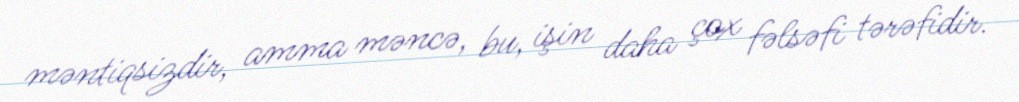
məntiqsizdir, amma məncə, bu, işin daha çox fəlsəfi tərəfidir.